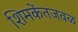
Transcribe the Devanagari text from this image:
शिमकेंतजवळ